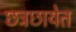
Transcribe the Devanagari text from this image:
छत्रछायेत